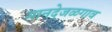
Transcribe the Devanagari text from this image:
मानदेजळगाव